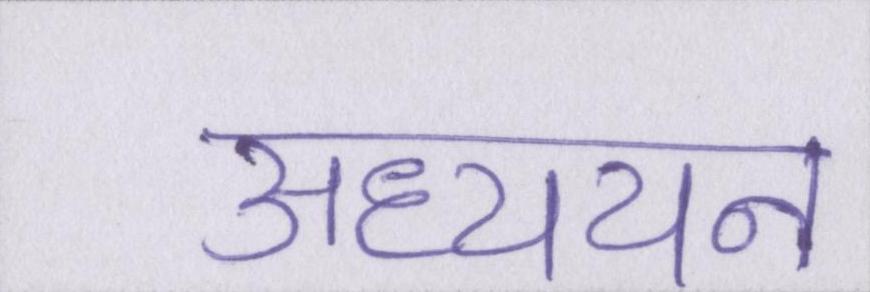
अध्ययन